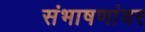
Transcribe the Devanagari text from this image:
संभाषणांवर